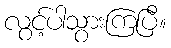
လွင့်ပါသွားကြပြီ။